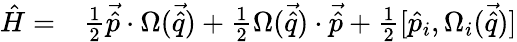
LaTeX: \begin{array}{rl}{\hat{H}=}&{{}\frac{1}{2}\vec{\hat{p}}\cdot\Omega(\vec{\hat{q}})+\frac{1}{2}\Omega(\vec{\hat{q}})\cdot\vec{\hat{p}}+\frac{1}{2}[\hat{{p}}_{i},\Omega_{i}(\vec{\hat{q}})]}\end{array}